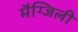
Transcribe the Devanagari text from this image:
मैग्जिली